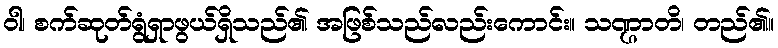
ဝါ၊ စက်ဆုတ်ရွံရှာဖွယ်ရှိသည်၏ အဖြစ်သည်လည်းကောင်း။ သဏ္ဌာတိ၊ တည်၏။